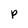
Character: P